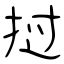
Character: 挝